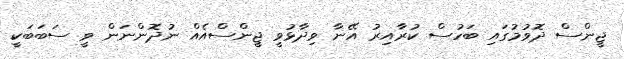
ޖީންސް ދޮވުމުގައި ބަހުސް ކުރާއިރު އޭނާ ވިދާޅުވީ ޖީންސްއެއް ނުދޮންނަން ވީ ސަބަބަކީ